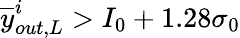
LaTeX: \overline{{y}}_{out,L}^{i}>I_{0}+1.28\sigma_{0}